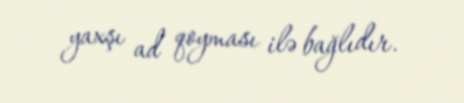
yaxşı ad qoyması ilə bağlıdır.